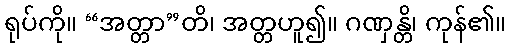
ရုပ်ကို။ “အတ္တာ”တိ၊ အတ္တဟူ၍။ ဂဏှန္တိ၊ ကုန်၏။